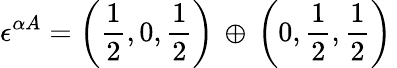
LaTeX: \epsilon^{\alpha A}=\left(\frac{1}{2},0,\frac{1}{2}\right)\, \oplus\, \left(0,\frac{1}{2},\frac{1}{2}\right)\,